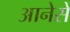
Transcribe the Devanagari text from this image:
आनेसे